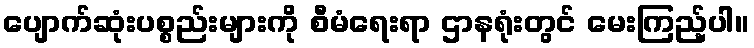
ပျောက်ဆုံးပစ္စည်းများကို စီမံရေးရာ ဌာနရုံးတွင် မေးကြည့်ပါ။